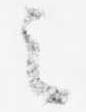
之